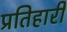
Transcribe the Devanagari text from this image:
प्रतिहारीं